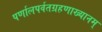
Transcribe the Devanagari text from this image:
पर्णालपर्वतग्रहणाख्यानम्